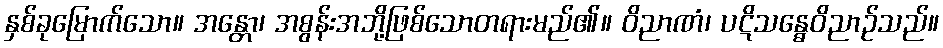
နှစ်ခုမြောက်သော။ အန္တော၊ အစွန်းအဘို့ဖြစ်သောတရားမည်၏။ ဝိညာဏံ၊ ပဋိသန္ဓေဝိညာဉ်သည်။